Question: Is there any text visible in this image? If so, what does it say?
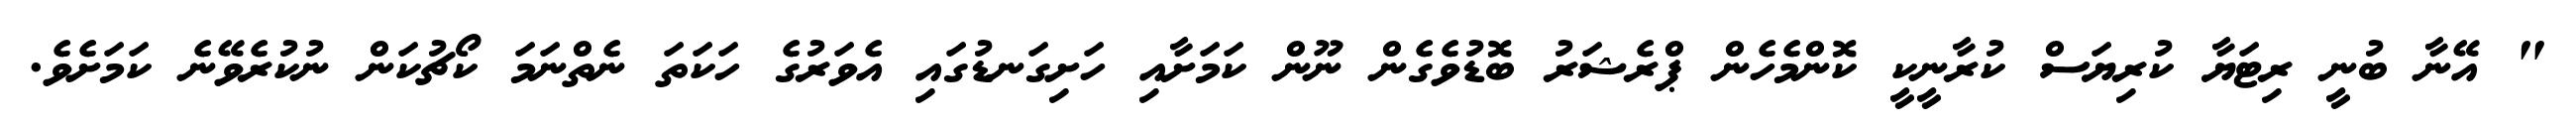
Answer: " އޭނާ ބުނީ ރިޓަޔާ ކުރިޔަސް ކުރާނީކީ ކޮންމެހެން ޕްރެޝަރު ބޮޑުވެގެން ނޫން ކަމަށާއި ހަށިގަނޑުގައި އެވަރުގެ ހަކަތަ ނެތްނަމަ ކޯޗުކަން ނުކުރެވޭނެ ކަމަށެވެ.